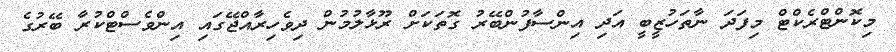
މިކޮންޓްރެކްޓް މިފަދަ ނާތަހުޒީބީ އަދި އިންސާފުންބޭރު ގޮތަކަށް ރޫޅާލުމުން ދިވެހިރާއްޖޭގައި އިންވެސްޓްކުރާ ބޭރުގެ